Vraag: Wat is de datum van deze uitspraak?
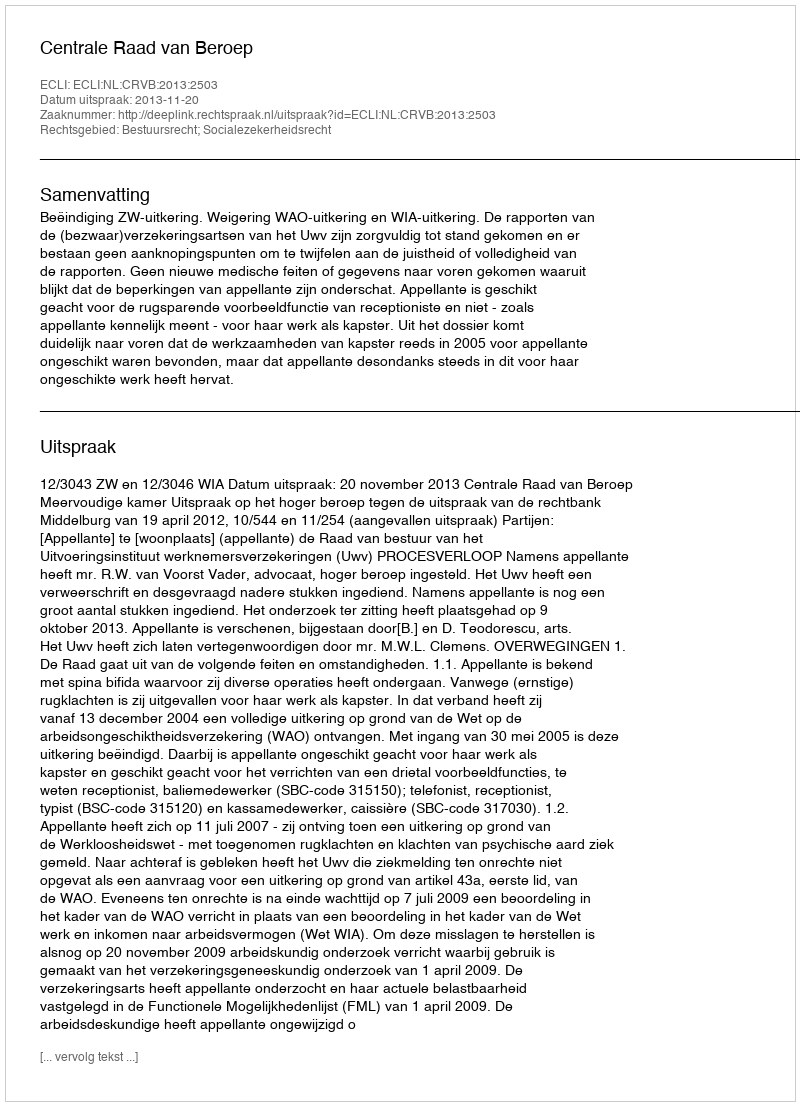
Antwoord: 2013-11-20